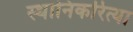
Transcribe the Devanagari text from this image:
स्थानिकरित्या